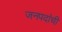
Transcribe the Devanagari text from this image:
जनपदांची